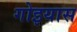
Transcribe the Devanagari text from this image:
गोइयास